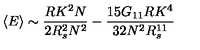
\left< E \right> \sim \frac { R K ^ { 2 } N } { 2 R _ { s } ^ { 2 } N ^ { 2 } } - \frac { 1 5 G _ { 1 1 } R K ^ { 4 } } { 3 2 N ^ { 2 } R _ { s } ^ { 1 1 } }